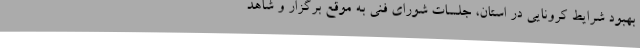
بهبود شرایط کرونایی در استان، جلسات شورای فنی به موقع برگزار و شاهد